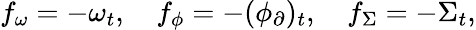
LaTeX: f_{\omega}=-\omega_{t},\quad f_{\phi}=-(\phi_{\partial})_{t},\quad f_{\Sigma}=-\Sigma_{t},